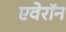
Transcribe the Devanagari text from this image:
एवेरॉन